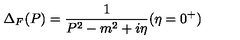
\Delta _ { F } ( P ) = \frac { 1 } { P ^ { 2 } - m ^ { 2 } + i \eta } ( \eta = 0 ^ { + } )